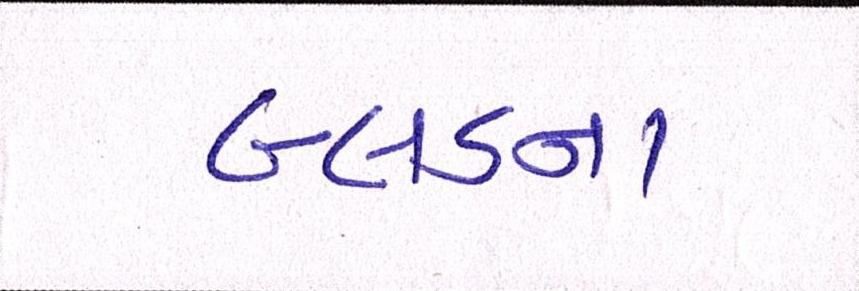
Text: બ્લડના